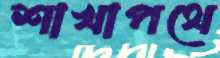
শাখাপথে